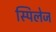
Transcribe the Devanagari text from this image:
स्पिलेज